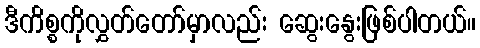
ဒီကိစ္စကိုလွှတ်တော်မှာလည်း ဆွေးနွေးဖြစ်ပါတယ်။